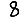
Digit: 8